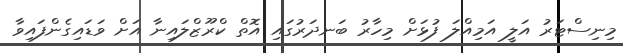
މިނިސްޓަރު އަލީ އަމިއްލަ ފުޅަށް މިހާރު ބަނދަރުގައި އޮތް ކްރޫޒްލައިނާ އަށް ވަޑައިގެންފައިވާ